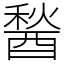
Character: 醔